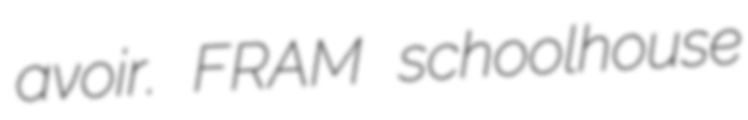
avoir. FRAM schoolhouse